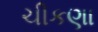
ચીકણા